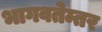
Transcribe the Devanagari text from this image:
भागवतेम्तर